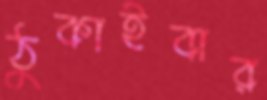
ঠুকাইবার